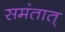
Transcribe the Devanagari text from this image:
समंतात्